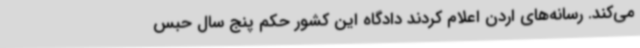
می‌کند. رسانه‌های اردن اعلام کردند دادگاه این کشور حکم پنج سال حبس